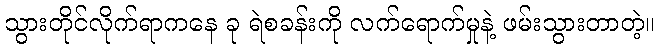
သွားတိုင်လိုက်ရာကနေ ခု ရဲစခန်းကို လက်ရောက်မှုနဲ့ ဖမ်းသွားတာတဲ့။